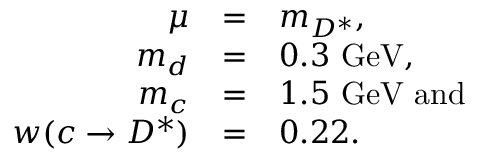
\begin{array} { r c l } { { \mu } } & { { = } } & { { m _ { D ^ { * } } , } } \\ { { m _ { d } } } & { { = } } & { { 0 . 3 \ \mathrm { G e V } , } } \\ { { m _ { c } } } & { { = } } & { { 1 . 5 \ \mathrm { G e V } \ \mathrm { a n d } } } \\ { { w ( c \to D ^ { * } ) } } & { { = } } & { { 0 . 2 2 . } } \end{array}